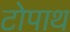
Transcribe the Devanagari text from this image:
टोपाथ